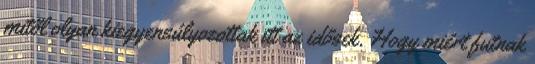
mitől olyan kiegyensúlyozottak itt az idősek. Hogy miért futnak